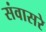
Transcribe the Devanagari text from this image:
संवासरे